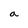
Character: a